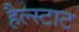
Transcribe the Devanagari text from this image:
हैल्स्टाट